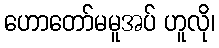
ဟောတော်မမူအပ် ဟူလို၊